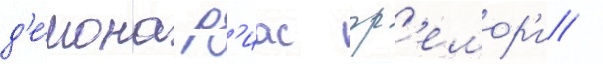
д'е́мона р'иас гр'емор'и /